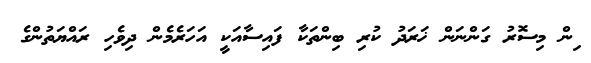
ިން މިސޮރު ގަަންނަން ޚަރަދު ކުރި ބިންތަކާ ފައިސާއަކީ އަހަރެމެން ދިވެހި ރައްޔަތުންގެ